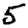
Digit: 5